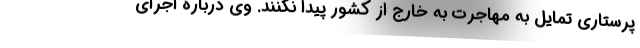
پرستاری تمایل به مهاجرت به خارج از کشور پیدا نکنند. وی درباره اجرای